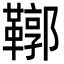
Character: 鞹